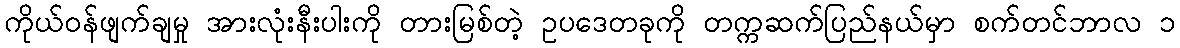
ကိုယ်ဝန်ဖျက်ချမှု အားလုံးနီးပါးကို တားမြစ်တဲ့ ဥပဒေတခုကို တက္ကဆက်ပြည်နယ်မှာ စက်တင်ဘာလ ၁